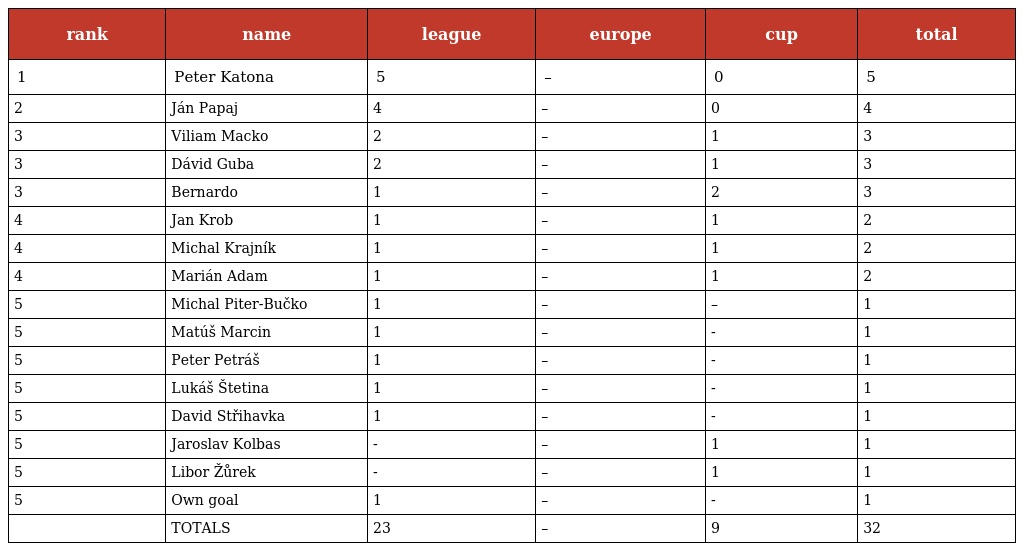
| rank | name | league | europe | cup | total |
 | --- | --- | --- | --- | --- | --- |
 | 1 | Peter Katona | 5 | – | 0 | 5 |
 | 2 | Ján Papaj | 4 | – | 0 | 4 |
 | 3 | Viliam Macko | 2 | – | 1 | 3 |
 | 3 | Dávid Guba | 2 | – | 1 | 3 |
 | 3 | Bernardo | 1 | – | 2 | 3 |
 | 4 | Jan Krob | 1 | – | 1 | 2 |
 | 4 | Michal Krajník | 1 | – | 1 | 2 |
 | 4 | Marián Adam | 1 | – | 1 | 2 |
 | 5 | Michal Piter-Bučko | 1 | – | – | 1 |
 | 5 | Matúš Marcin | 1 | – | - | 1 |
 | 5 | Peter Petráš | 1 | – | - | 1 |
 | 5 | Lukáš Štetina | 1 | – | - | 1 |
 | 5 | David Střihavka | 1 | – | - | 1 |
 | 5 | Jaroslav Kolbas | - | – | 1 | 1 |
 | 5 | Libor Žůrek | - | – | 1 | 1 |
 | 5 | Own goal | 1 | – | - | 1 |
 |  | TOTALS | 23 | – | 9 | 32 |